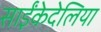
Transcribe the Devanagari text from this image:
साईंकेदेलिया